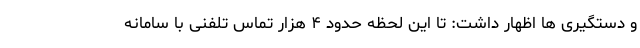
و دستگیری‌ ها اظهار داشت: تا این لحظه حدود ۴ هزار تماس تلفنی با سامانه